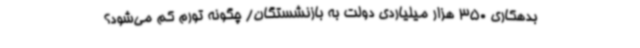
بدهکاری 350 هزار میلیاردی دولت به بازنشستگان/ چگونه تورم کم می‌شود؟